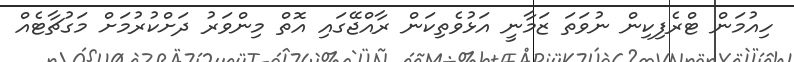
ހިއުމަން ޓްރެފިކިން ނުވަތަ ޒަމާނީ އަޅުވެތިކަން ރާއްޖޭގައި އޮތް މިންވަރު ދަށްކުރުމަށް މަގުޗާޓެއް